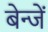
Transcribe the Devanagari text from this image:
बेन्जें